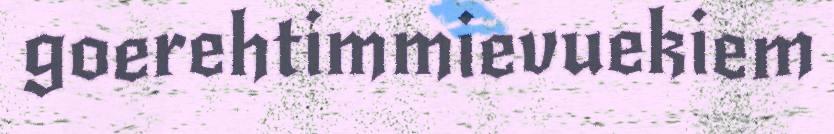
goerehtimmievuekiem